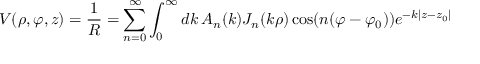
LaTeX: V ( \rho , \varphi , z ) = { \frac { 1 } { R } } = \sum _ { n = 0 } ^ { \infty } \int _ { 0 } ^ { \infty } d k \, A _ { n } ( k ) J _ { n } ( k \rho ) \cos ( n ( \varphi - \varphi _ { 0 } ) ) e ^ { - k | z - z _ { 0 } | }